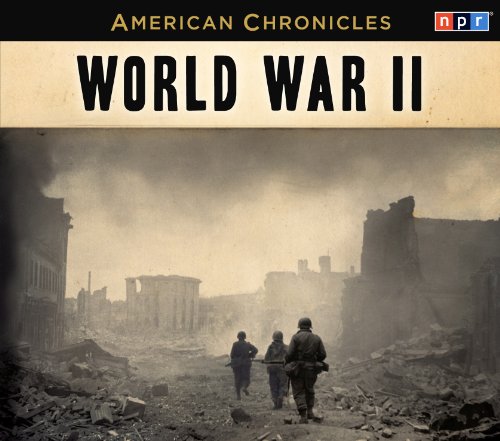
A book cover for NPR American Chronicles: World War II (American Chronicles (Highbridge Audio)); NPR; Humor & Entertainment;